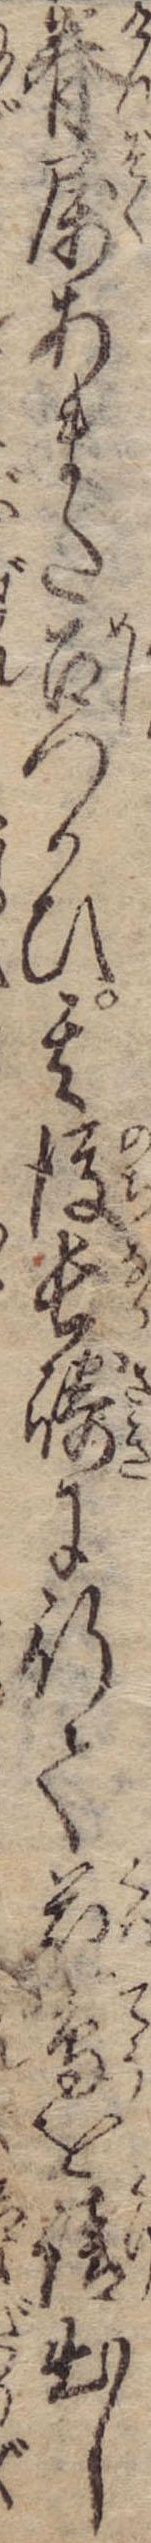
眷属あまた召つかひ其後長崎に行て花鳥を請出し